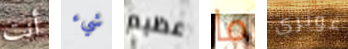
أنت شيء عظيم ما غوثري